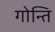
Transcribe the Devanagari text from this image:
गोन्ति